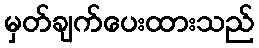
မှတ်ချက်ပေးထားသည်